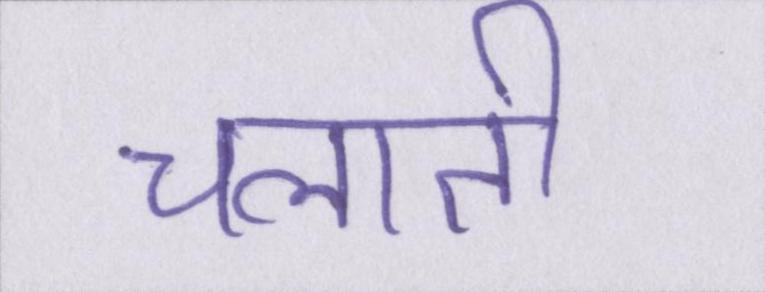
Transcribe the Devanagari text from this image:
चलाती